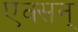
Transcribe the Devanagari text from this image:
एक्सन्